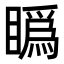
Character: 𥊪